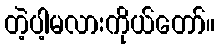
တဲ့ပါ့မလားကိုယ်တော်။